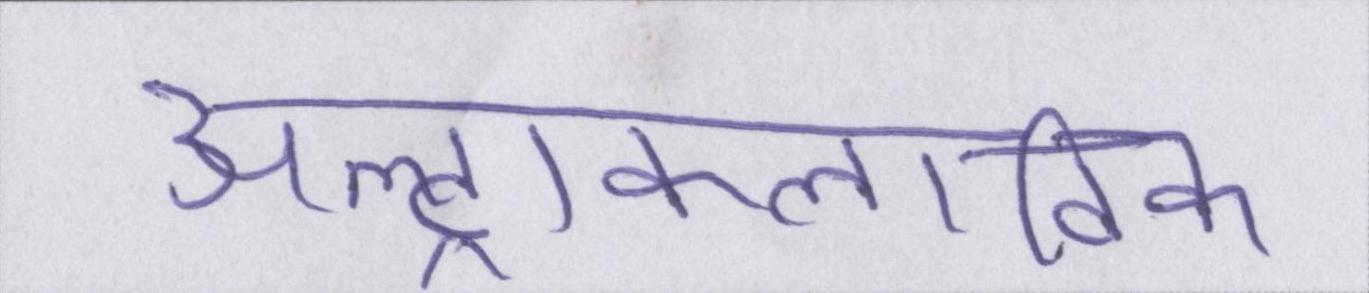
अल्ट्राक्लाविक